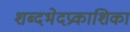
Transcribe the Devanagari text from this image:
शब्दभेदप्रकाशिका